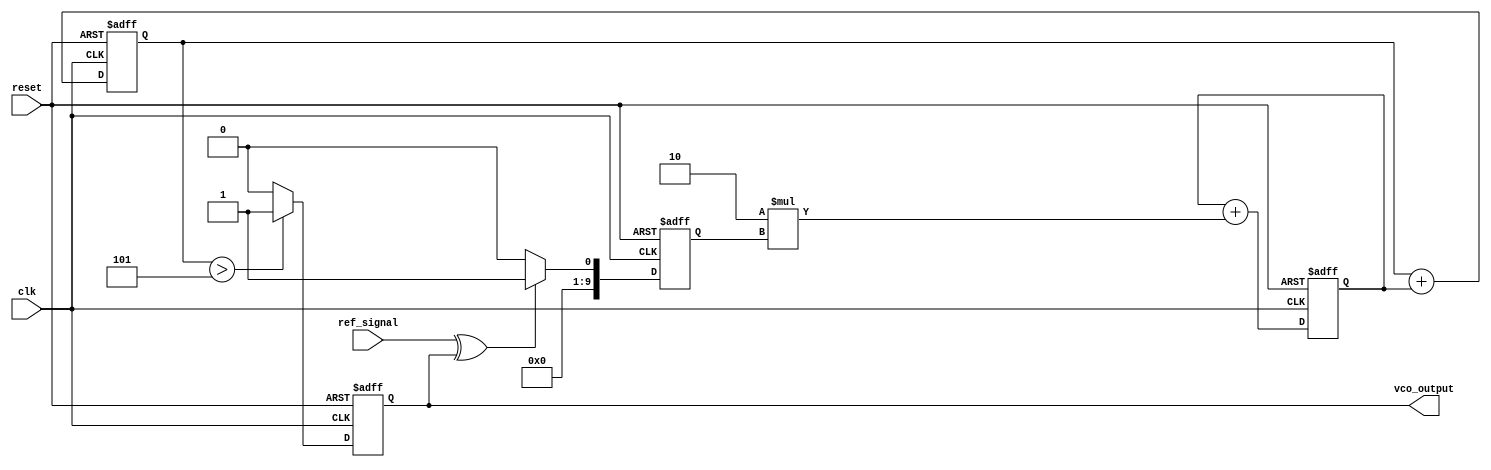
module DPLL (
    input wire clk,                 // Main clock
    input wire reset,               // Reset signal
    input wire ref_signal,          // Reference signal (input)
    output reg vco_output           // Output signal from VCO
);

    // Parameters
    parameter N = 5;                // FIFO size
    parameter PHASE_RESOLUTION = 10; // Phase resolution bits
    parameter LOOP_GAIN = 2;        // Loop filter gain

    // Internal signals
    reg [PHASE_RESOLUTION-1:0] phase_error; // Phase error from PD
    reg [PHASE_RESOLUTION-1:0] filtered_error; // Filtered error signal
    reg [PHASE_RESOLUTION-1:0] vco_frequency;  // VCO frequency control
    reg [PHASE_RESOLUTION-1:0] memory [0:N-1];  // Memory blocks (FIFO)
    integer memory_ptr = 0;         // Pointer for FIFO
    
    // Phase Detector (PD)
    always @(posedge clk or posedge reset) begin
        if (reset) begin
            phase_error <= 0;
        end else begin
            // Simple XOR phase detector
            phase_error <= (ref_signal ^ vco_output) ? 1 : 0;
        end
    end
    
    // Loop Filter (Simple Integrator)
    always @(posedge clk or posedge reset) begin
        if (reset) begin
            filtered_error <= 0;
        end else begin
            filtered_error <= filtered_error + (LOOP_GAIN * phase_error);
        end
    end

    // Voltage-Controlled Oscillator (VCO)
    always @(posedge clk or posedge reset) begin
        if (reset) begin
            vco_frequency <= 0;
            vco_output <= 0;
        end else begin
            vco_frequency <= vco_frequency + filtered_error;
            // Generate VCO output based on frequency
            vco_output <= (vco_frequency > PHASE_RESOLUTION / 2) ? 1 : 0;
        end
    end

    // Memory Block (FIFO)
    always @(posedge clk or posedge reset) begin
        if (reset) begin
            memory_ptr <= 0;
        end else begin
            // Store filtered error in FIFO memory
            memory[memory_ptr] <= filtered_error;
            memory_ptr <= (memory_ptr + 1) % N; // Circular buffer
        end
    end

endmodule